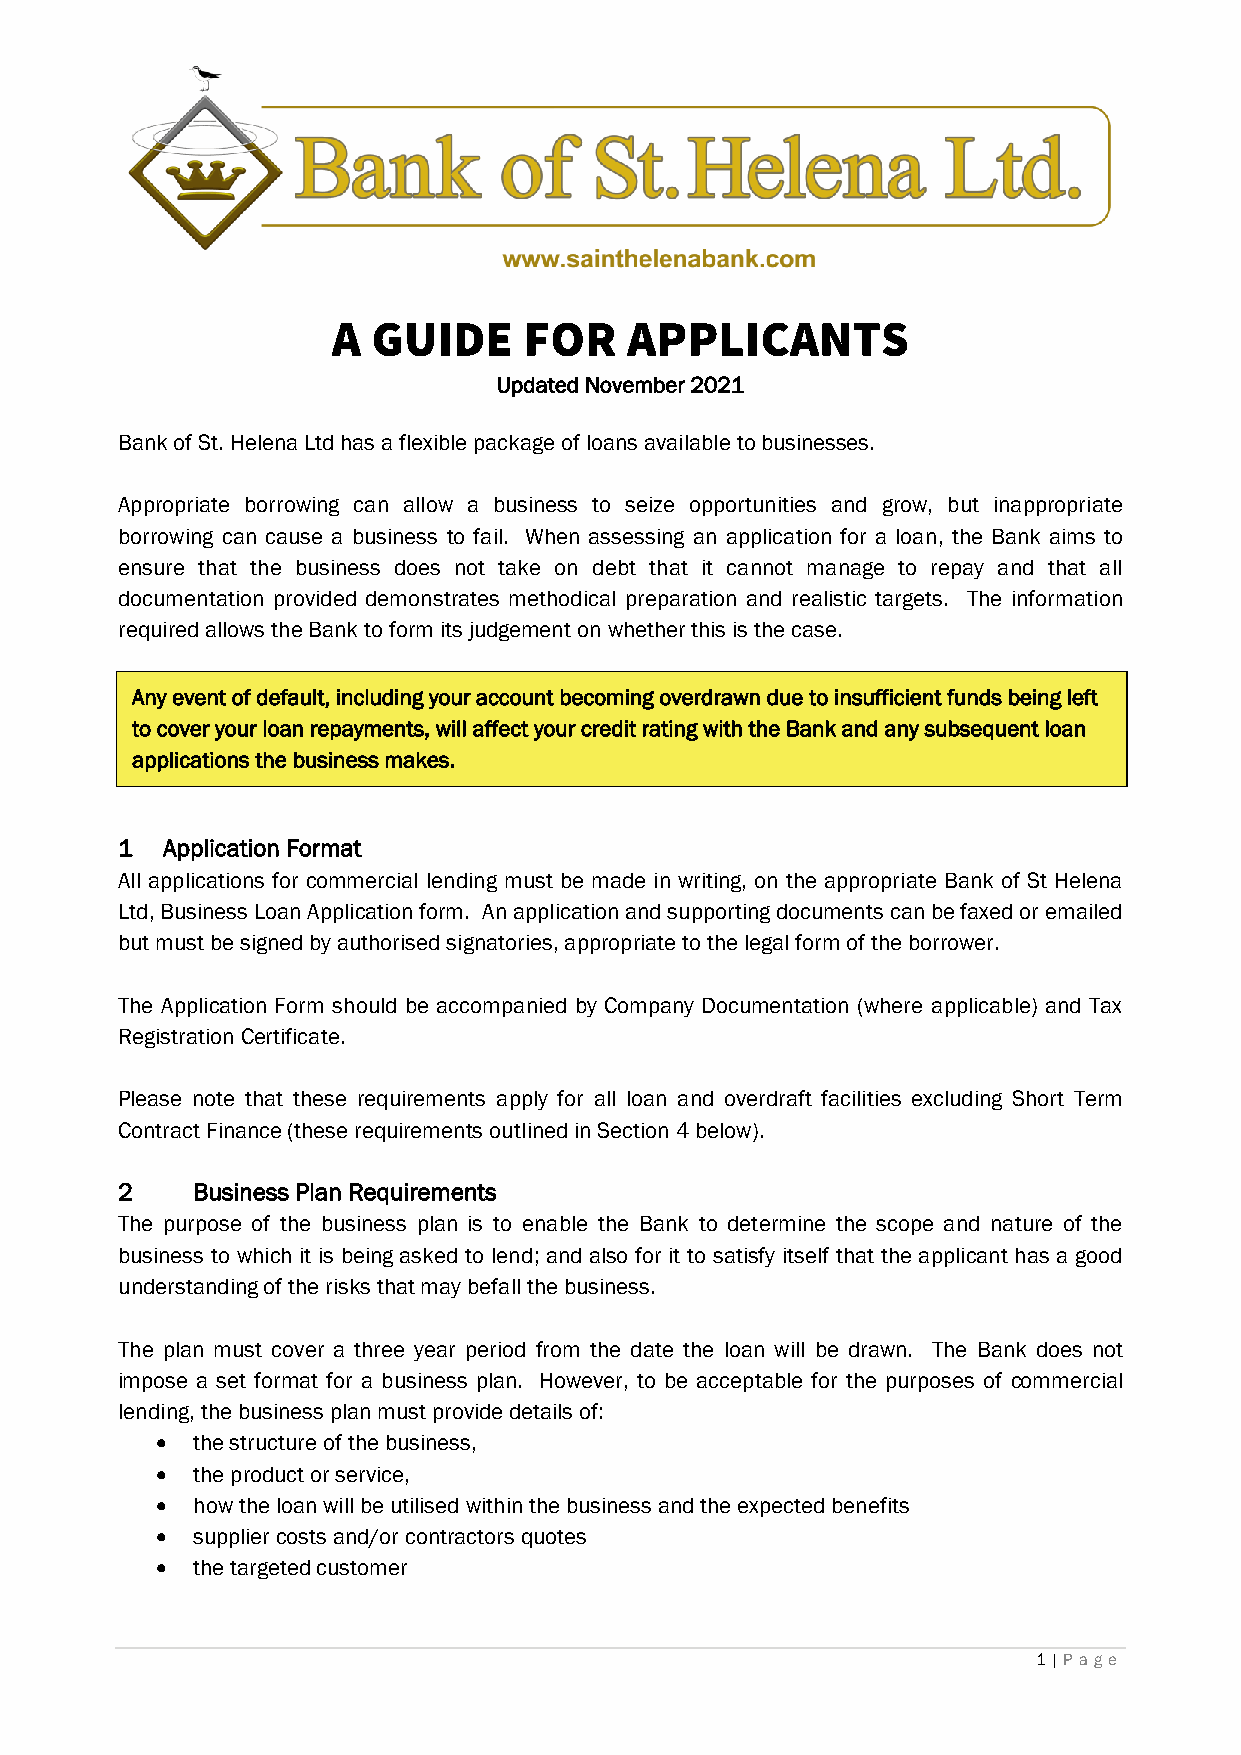
A  GUIDE     FOR   APPLICANTS
 Updated November 2021
 Bank of St. Helena Ltd has a flexible package of loans available to businesses.
 Appropriate borrowing can allow a business to seize opportunities and grow, but inappropriate
 borrowing can cause a business to fail. When assessing an application for a loan, the Bank aims to
 ensure that the business does not take on debt that it cannot manage to repay and that all
 documentation provided demonstrates methodical preparation and realistic targets. The information
 required allows the Bank to form its judgement on whether this is the case.
 Any event of default, including your account becoming overdrawn due to insufficient funds being left
 to cover your loan repayments, will affect your credit rating with the Bank and any subsequent loan
 applications the business makes.
 1  Application Format
 All applications for commercial lending must be made in writing, on the appropriate Bank of St Helena
 Ltd, Business Loan Application form. An application and supporting documents can be faxed or emailed
 but must be signed by authorised signatories, appropriate to the legal form of the borrower.
 The Application Form should be accompanied by Company Documentation (where applicable) and Tax
 Registration Certificate.
 Please note that these requirements apply for all loan and overdraft facilities excluding Short Term
 Contract Finance (these requirements outlined in Section 4 below).
 2    Business Plan Requirements
 The purpose of the business plan is to enable the Bank to determine the scope and nature of the
 business to which it is being asked to lend; and also for it to satisfy itself that the applicant has a good
 understanding of the risks that may befall the business.
 The plan must cover a three year period from the date the loan will be drawn. The Bank does not
 impose a set format for a business plan. However, to be acceptable for the purposes of commercial
 lending, the business plan must provide details of:
 •  the structure of the business,
 •  the product or service,
 •  how the loan will be utilised within the business and the expected benefits
 •  supplier costs and/or contractors quotes
 •  the targeted customer
 1 | Pag e